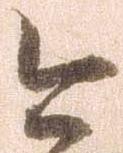
今